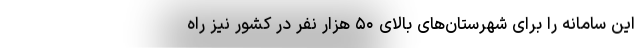
این سامانه را برای شهرستان‌های بالای ۵۰ هزار نفر در کشور نیز راه‌